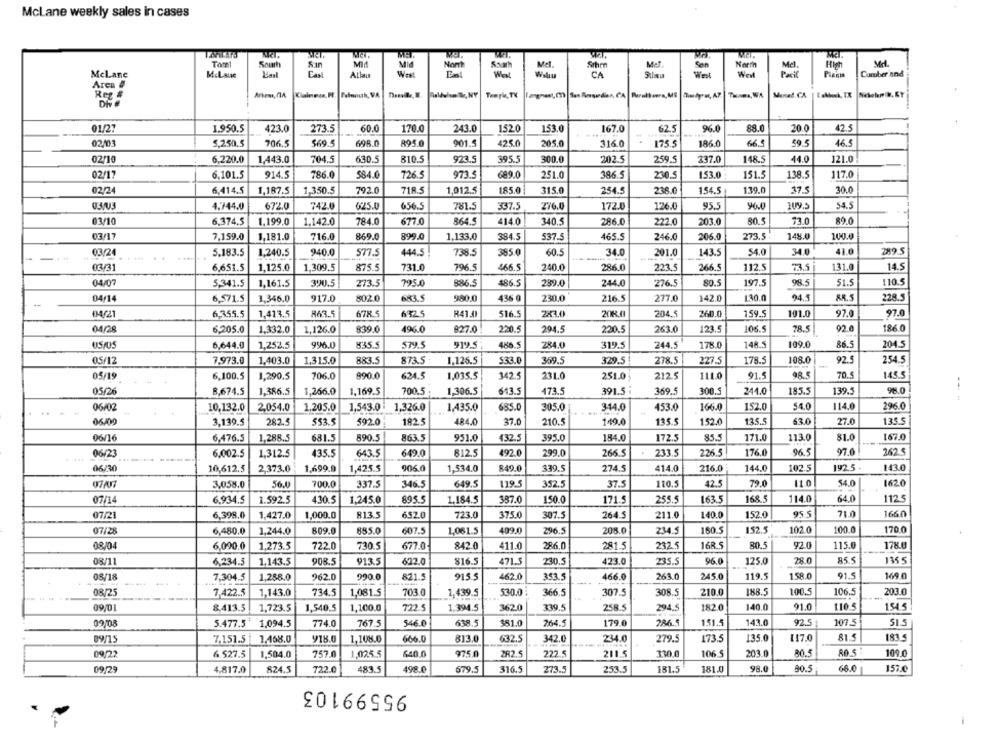
McLane weekly sales in cases
South
MIA
Mid
Kaart
Mel
Sthen
Mef.
North
Mel
Md.
McLane
M.Laue
CAN
Wirst
Nom
CA
Son
West
Cumber and
Area #
Reg
Athens, CIA
Temple, TV
1.950.5
273.5
88.0
01/27
423.0
60.0
170.0
243.0
1520
153.0
167.0
62.5
96.0
20.0
42.5
02003
5,250.5
698.0
895.0
59.5
46.5
706.5
569.5
901.5
425.0
205,0
316.0
175.5
186.0
66.5
02/10
6,220.0
1,443.0
704.5
630.5
810.5
923.5
395.5
300.0
202.5
259.5
237.0
148.5
44.0
121.0
02/17
6,101.5
914.5
786.0
584.0
726.5
973.5
689.0
251.0
386.5
230.5
153.0
151.5
138.5
117.0
02/24
6,414.5
1,187.5
1,350.5
792.0
718.5
1,012.5
185.0
315.0
254.5
238.0
154.5
139.0
37.5
30.0
0.3/03
4.744.0
672.0
742.0
625.0
656.5
781.5
337.5
276.0
172.0
126.0
95.5
90.0
109.5
54.5
03/10
6.374,5
1.199.0
1.142.0
784.0
677.0
864.5
414.0
340.5
286.0
222.0
203.0
73.0
89.0
03/17
7,159.0
1.181.0
716.0
869.0
899.0
1,133,0
384.5
537.5
465.5
246.0
206.0
273.5
148.0
100.0
03/24
5.183.5
1,240.5
940.0
577.5
444.5
738.5
385.0
60.5
34.0
201.0
143.5
54.0
34.0
41.0
2895
03/31
6,651.5
1.125.0
1,309.5
875.5
731.0
796.5
466.5
240.0
286.0
223.5
266.5
112.5
73.5
131.0
14.5
04/07
5,341.5
390.5
273.5
795.0
886.5
486.5
289.0
244.0
276.5
80.5
197.5
98
51.5
110.5
1,161.5
683.5
980.0
436 @
230.0
277.0
142.0
130.0
94.5
88.5
228.5
-
04/14
6,571.5
1,346.0
917.0
802.0
216.5
6,355.5
97.0
04/21
1.413.5
R63.
678
6325
R41.
516.5
2×3.0
20KJ
204.5
260.0
159.5
101.0
97.0
186.0
04/28
6,205.0
1.332.0
1,126.0
839.0
496.0
827.0
220.5
294.5
220.5
263.0
123.5
106.5
78.5
02.0
05/05
6,644.0
1,252.
996.0
835.5
579.5
919.5
486.5
284.0
319.5
244.5
178.0
148.S
109.0
86.5
204.5
05/12
7,973.0
1,403.0
1,315.0
883.5
873.5
1,126.5
$33.0
359.5
329.5
278.5
227.5
178.5
108.0
92.5
254.5
05/19
6,100.5
1,290.5
706.0
890.0
624.5
1,035.5
342.5
231.0
251.0
212.5
111.0
91.5
98.5
70.5
145.5
05/26
8,674.5
1,386.5
1,266.0
1,169.5
700.5
1,306.5
643.5
173.5
391.5
369.5
300.5
244.0
185.5
139.5
98.0
--- -
06/02
10,132.0
2,054.0
1,205.0
1,543.0
1,326.0
1,435.0
685.0
305.0
3-14.0
453.0
166.0
152.0
54.0
114.0
296.0
0630
3,139.5
282.5
553.5
592.0
182.5
484.0
37.0
210.5
149.0
135.5
152.0
135.5
$3.0
27.0
135.5
06/16
6,476.5
1,288.5
681.5
890.5
863.5
951.0
432.5
395.0
184.0
172.5
85.5
171.0
113.0
81.0
167.0
06/23
6.002.5
1.312.5
435.5
643.5
649.0
812.5
492.0
299.0
266.5
233.5
226.5
176.0
96.5
97.0
262.
06/30
10,612.5
2,373.0
1,699.9
1,425.5
906.0
1,534.0
849.0
339.5
274.5
414.0
216.0
144.0
102.5
192 5
143.0
700.0
346.5
649.5
110.5
79.0
110
54.0
3,058.0
56.0
337.5
119.5
352.5
37.5
42.5
1620
114.0
64.0
07/14
6,934.5
1.592.5
430.5
1,245.0
895.5
1,184.5
387.0
150.0
171.5
255.5
163.5
168.5
112.5
71.0
166.0
07/21
6,398.0
1,427.0
1,000.0
813.5
652.0
723.0
375.0
307.5
264.5
211.0
140.0
152.0
95.5
07/28
6,480.0
1,244.0
809.0
855.0
607.5
1,061.5
409.0
296.5
208.0
234.5
160.5
152.5
102.0
100.0
170.0
08/04
6,090.0
1,273.5
722.0
730.5
677.0
842.0
411.0
286.0
281.5
232. 5
16R.S
80.5
92.0
115.0
178.0
08/11
6,234.5
1,143.5
913.5
622.0
816.5
471.5
230.5
423.0
235.5
96.0
125.0
28.0
85.5
135 5
08/18
7,304.5
1,288.0
962.0
990.0
821.5
915 5
462.0
353,
466.0
263.0
245.0
119.5
158.0
91.5
169.0
08/25
7,422.5
1,143.0
734.5
1,081.5
703.0
1,439.5
530.0
366.5
307.5
308.5
210.0
188.5
100.5
106.5
203.0
09/01
8.413.5
1,723.5
1,540.5
1,100.0
722
1,394.5
362.0
339.5
258.5
294.5
182.0
140.0
91.0
110.5
1545
09/08
5.477.5
1,094.5
774.0
767.5
546.0
638.5
$81.0
264.5
179.0
286.5
151.5
143.0
92.5
107.5
51.5
7,151.5
1,468.0
918.0
1,108.0
666.0
813.0
632.5
342.0
234.0
279.5
173.5
135.0
[17.0
815
183 5
09/22
6.527.5
1,504.0
757.0
1,025.5
640 0
975 0
282.5
222.5
211.5
310.0
106.5
203.0
80.5
109.0
253.5
98.0
80.5
66.0
09/29
4.817.0
824.5
722.0
483.5
498.0
579.5
316.5
273.5
181.5
181.0
157.0
95599103